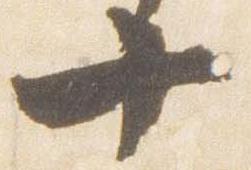
十